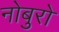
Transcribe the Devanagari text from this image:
नोबुरो